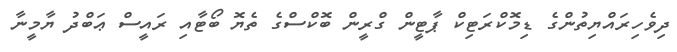
ދިވެހިރައްޔިތުންގެ ޑިމޮކްރަޓިކް ޕާޓީން ގްރީން ބޮކްސްގެ ތެޔޮ ބޯޓާއި ރައީސް ޢަބްދު ޔާމީނާ